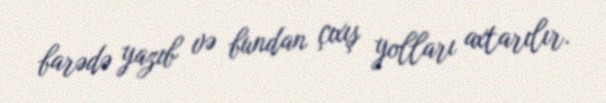
barədə yazıb və bundan çıxış yolları axtarılır.